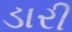
ડારી